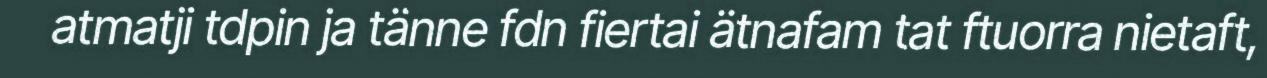
atmatji tdpin ja tänne fdn fiertai ätnafam tat ftuorra nietaft,